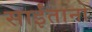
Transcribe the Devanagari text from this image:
साईंतानो